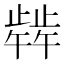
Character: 𬆋